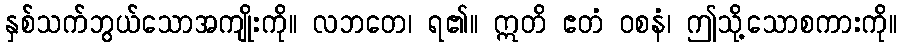
နှစ်သက်ဘွယ်သောအကျိုးကို။ လဘတေ၊ ရ၏။ ဣတိ ဧတံ ဝစနံ၊ ဤသို့သောစကားကို။